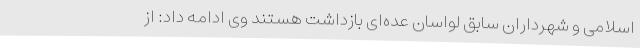
اسلامی و شهرداران سابق لواسان عده‌ای بازداشت هستند وی ادامه داد: از